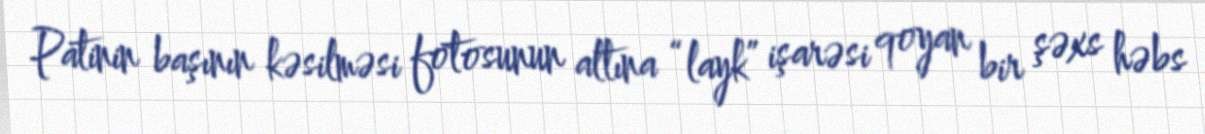
Patinin başının kəsilməsi fotosunun altına “layk” işarəsi qoyan bir şəxs həbs